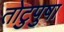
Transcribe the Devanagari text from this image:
तोटुपुषा